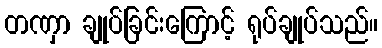
တဏှာ ချုပ်ခြင်းကြောင့် ရုပ်ချုပ်သည်။